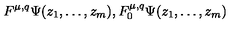
F ^ { \mu , q } \Psi ( z _ { 1 } , \ldots , z _ { m } ) , F _ { 0 } ^ { \mu , q } \Psi ( z _ { 1 } , \ldots , z _ { m } )